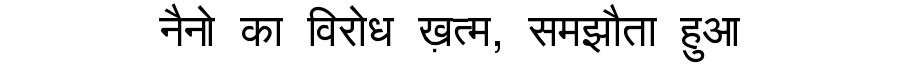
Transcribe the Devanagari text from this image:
नैनो का विरोध ख़त्म, समझौता हुआ